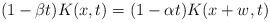
LaTeX: \begin{align*}(1-\beta t)K(x,t)=(1-\alpha t)K(x+w,t)\end{align*}